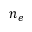
n _ { e }